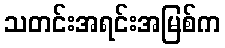
သတင်းအရင်းအမြစ်က